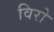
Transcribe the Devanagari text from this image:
विरो